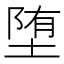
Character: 堕